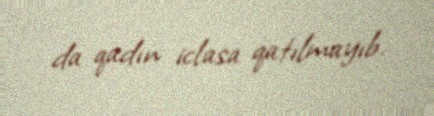
da qadın iclasa qatılmayıb.